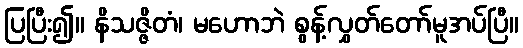
ပြပြီး၍။ နိသဇ္ဇိတံ၊ မဟောဘဲ စွန့်လွှတ်တော်မူအပ်ပြီ။